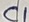
Text: C1